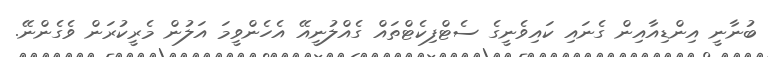
ބުނާނީ އިންޑިއާއިން ގެނައި ކައިވެނީގެ ސެޓްފިކެޓްތައް ގެއްލުނީއޭ އެހެންވީމަ އަލުން މެރީކުރަން ވެގެންނޭ.